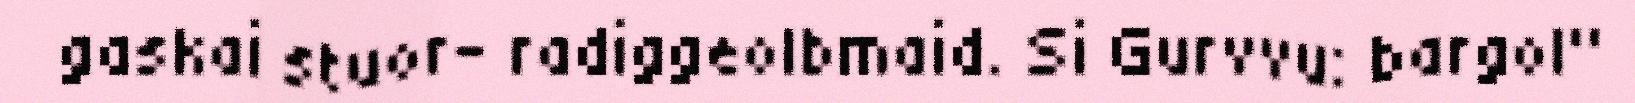
gaskai stuor- radiggeolbmaid. Si Gurvvu: bargol"